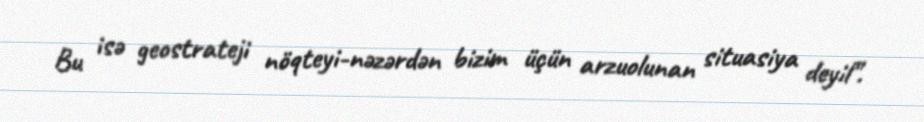
Bu isə geostrateji nöqteyi-nəzərdən bizim üçün arzuolunan situasiya deyil”.